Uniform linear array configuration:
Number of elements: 16
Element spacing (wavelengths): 0.75
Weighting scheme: hamming
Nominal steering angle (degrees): -15
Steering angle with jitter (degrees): -15.404
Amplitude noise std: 0.05
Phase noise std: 0.05

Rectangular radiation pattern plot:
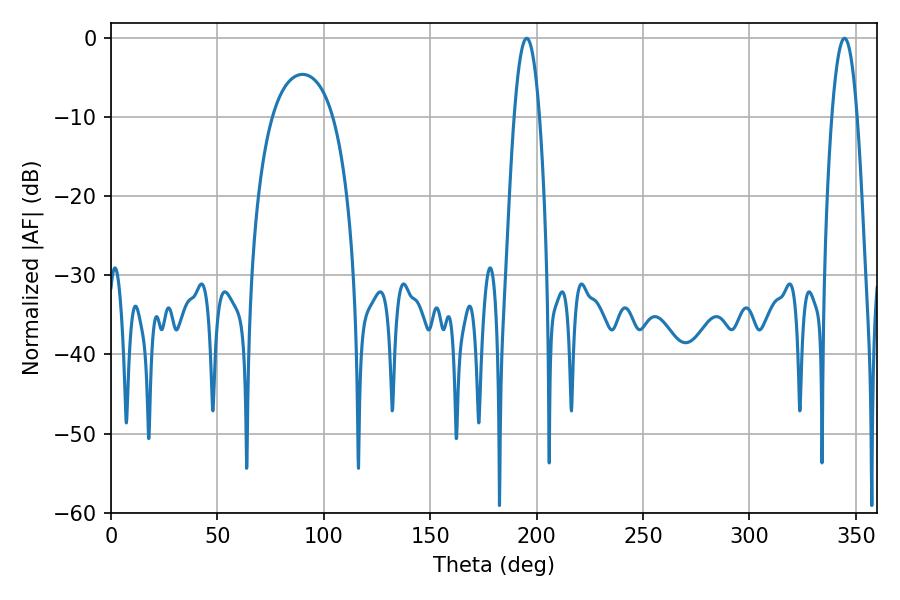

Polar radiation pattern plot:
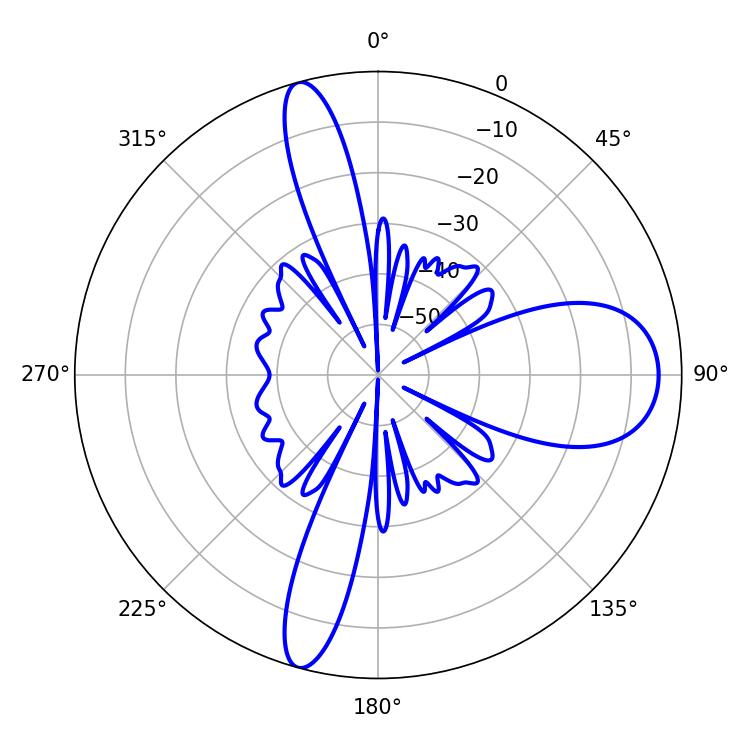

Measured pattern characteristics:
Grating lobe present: TRUE
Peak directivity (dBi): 14.559
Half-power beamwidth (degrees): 6.48
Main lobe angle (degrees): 195.3